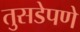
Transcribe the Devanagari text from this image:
तुसडेपणे